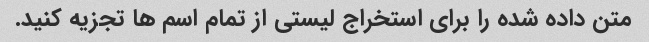
متن داده شده را برای استخراج لیستی از تمام اسم ها تجزیه کنید.